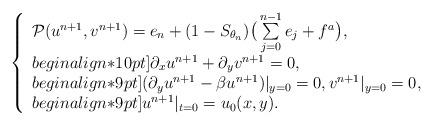
LaTeX: \begin{align*}\left\{\begin{array}{ll}\mathcal{P}(u^{n+1},v^{n+1}) = e_n + (1 -S_{\theta_n})\big(\sum\limits_{j=0}^{n-1}e_j + f^a\big), \\begin{align*}10pt]\partial_x u^{n+1} + \partial_y v^{n+1} =0, \\begin{align*}9pt](\partial_y u^{n+1} -\beta u^{n+1})|_{y=0} =0,v^{n+1}|_{y=0} =0, \\begin{align*}9pt]u^{n+1}|_{t=0} = u_0(x,y).\end{array}\right.\end{align*}